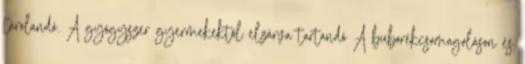
tárolandó. A gyógyszer gyermekektől elzárva tartandó A buborékcsomagoláson és